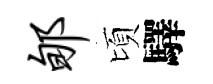
郇頃驛